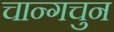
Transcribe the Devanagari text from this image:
चान्गचुन